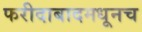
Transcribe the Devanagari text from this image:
फरीदाबादमधूनच